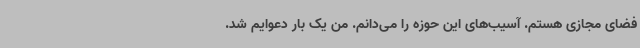
فضای مجازی هستم. آسیب‌های این حوزه را می‌دانم. من یک بار دعوایم شد.